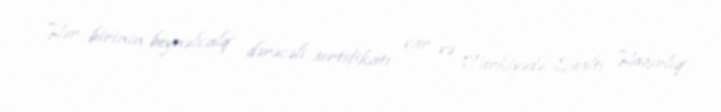
Hər birinin beynəlxalq dərəcəli sertifikatı var və Türkiyədə Sualtı Hazırlıq